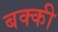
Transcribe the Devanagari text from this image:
बक्की